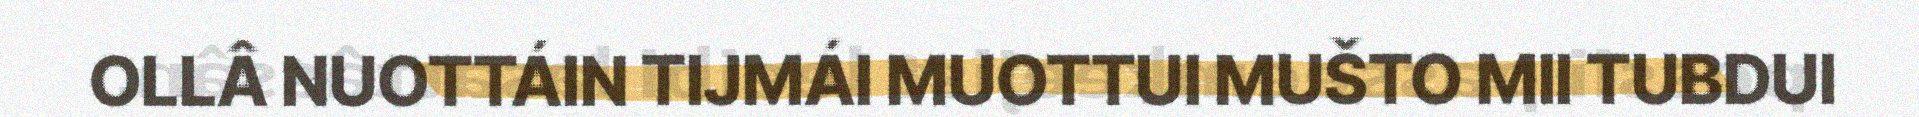
OLLÂ NUOTTÁIN TIJMÁI MUOTTUI MUŠTO MII TUBDUI